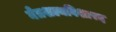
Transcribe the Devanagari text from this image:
नेत्रशल्यविशारद